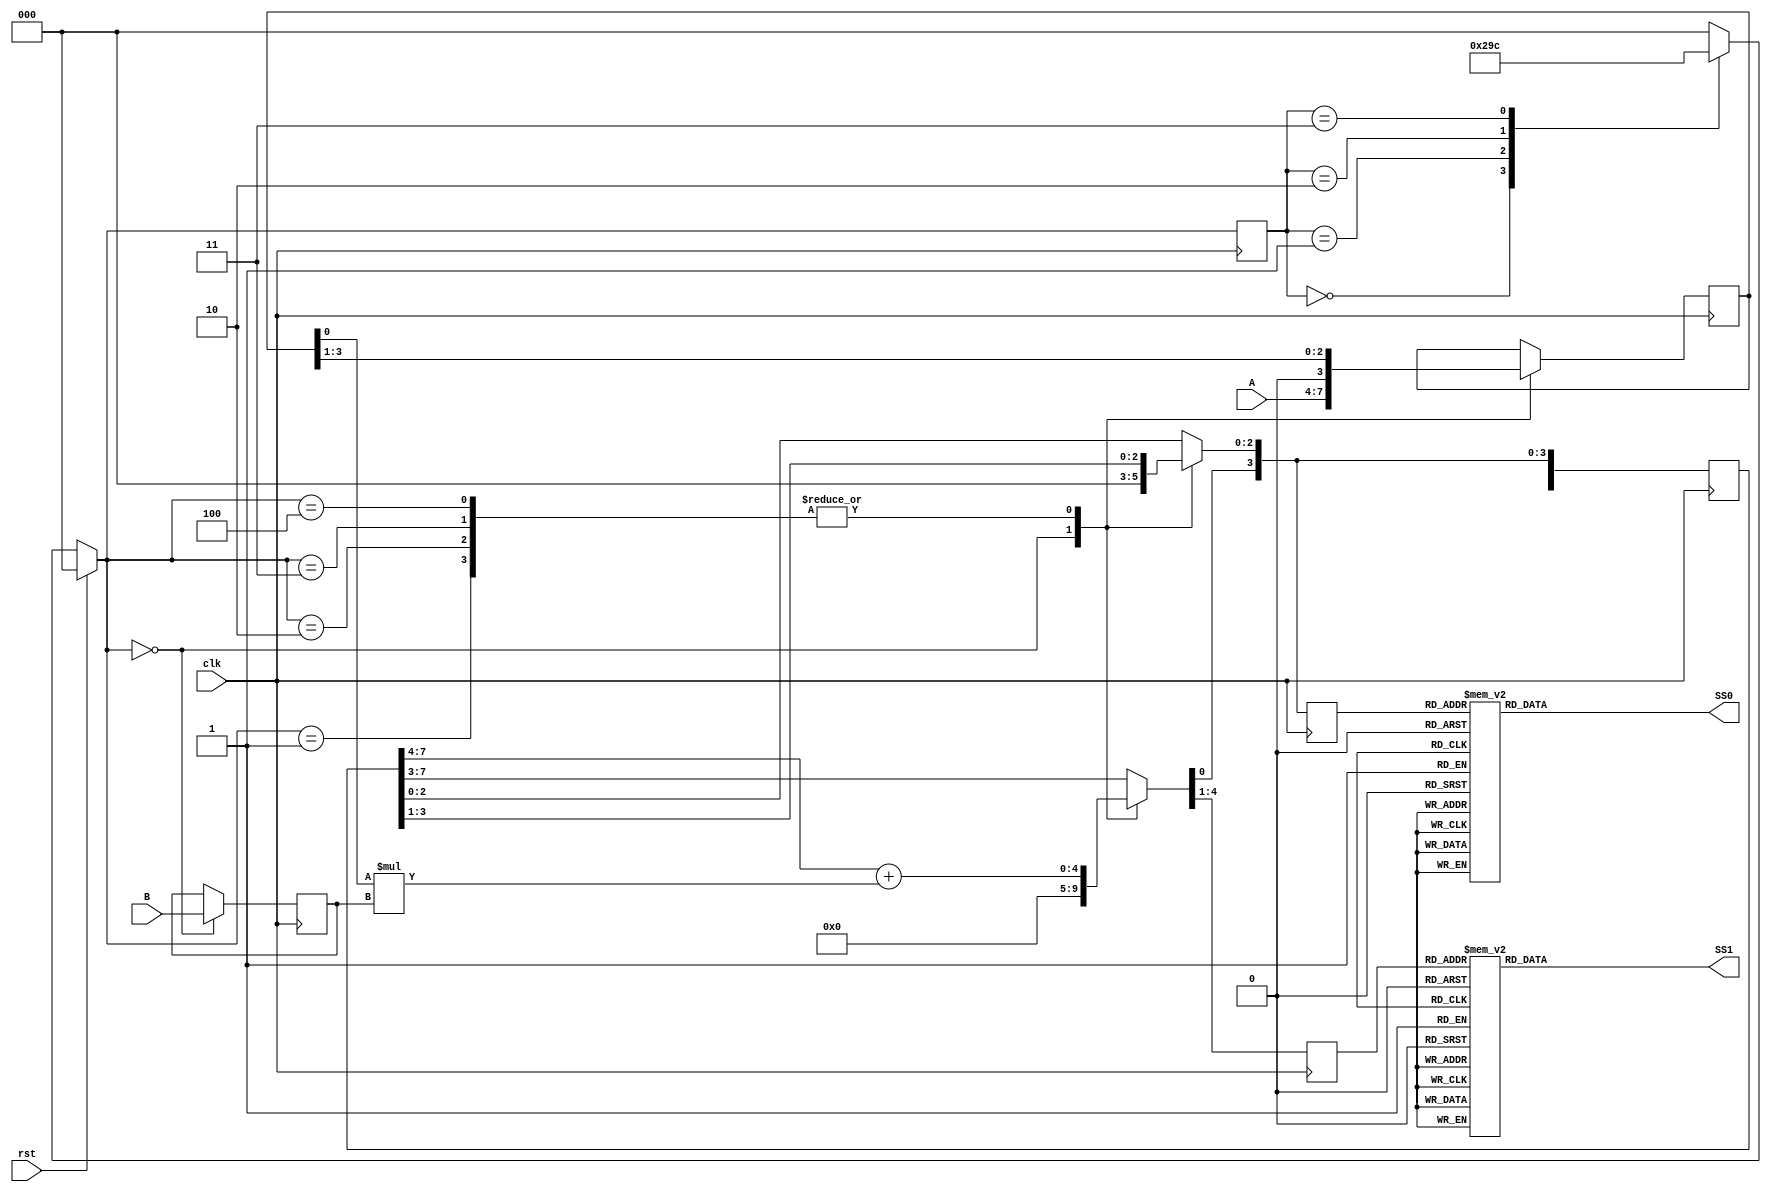
module Lab5 ( rst , clk , A , B , SS1 , SS0 ) ;

	input rst, clk;
	input [3:0] A,B;
	output reg [6:0] SS1,SS0;
	
	localparam  [2:0] state____  =  0 ,
							state1___  =  1 ,
							state_2__  =  2 ,
							state__3_  =  3 ,
							state___4  =  4 ;
	reg [2:0]  state ;
	reg [7:0]  M;
	reg [4:0] temp;
	reg [3:0] X,Y;
	reg [3:0] SS1_undecoded,SS0_undecoded;
	

	always @(posedge clk) begin
		  if  ( rst )  begin
			 state  = state____ ;
		  end
		  else  begin 
			 case  ( state )
				state____  :  begin
				  state  =  state1___ ;
				  
				end
				
				state1___  :  begin
				  state  =  state_2__ ;
				end
				
				state_2__  :  begin
				  state  =  state__3_ ;
				end
				
				state__3_  :  begin
				  state  =  state___4 ;
				end
				
				state___4  :  begin
				  state  =  state____ ;
				
				end
				
				
				default  :  begin
				  state  =  state____ ;
				end
			 endcase
		  end
		  
		  
		case  ( state )
			state____  :  begin
				M=0;
				X=A;
				Y=B;
			end
			state1___  :  begin		
				temp=(M[7:4] + (X[0]*Y));
				M[2:0] = M[3:1];
				M[7:3] = temp;
				X=X>>1;
			end
			state_2__  :  begin
				temp=(M[7:4] + (X[0]*Y));
				M[2:0] = M[3:1];
				M[7:3] = temp;				 
				X=X>>1;
			end
			state__3_  :  begin
				temp=(M[7:4] + (X[0]*Y));
				M[2:0] = M[3:1];
				M[7:3] = temp;
				X=X>>1;
		
			end
			state___4  :  begin
				temp=(M[7:4] + (X[0]*Y));
				M[2:0] = M[3:1];
				M[7:3] = temp;		
				X=X>>1;
			end
		endcase
SS1_undecoded = M[7:4];
SS0_undecoded = M[3:0];
end


		always @(SS1_undecoded) begin
			case  ( SS1_undecoded )
				4'h0  :  SS1  =  7'b1000000 ;
				4'h1  :  SS1  =  7'b1111001 ;
				4'h2  :  SS1  =  7'b0100100 ;
				4'h3  :  SS1  =  7'b0110000 ;
				4'h4  :  SS1  =  7'b0011001 ;
				4'h5  :  SS1  =  7'b0010010 ;
				4'h6  :  SS1  =  7'b0000010 ;
				4'h7  :  SS1  =  7'b1111000 ;
				4'h8  :  SS1  =  7'b0000000 ;
				4'h9  :  SS1  =  7'b0010000 ;
				4'hA  :  SS1  =  7'b0001000 ;
				4'hB  :  SS1  =  7'b0000011 ;
				4'hC  :  SS1  =  7'b1000110 ;
				4'hD  :  SS1  =  7'b0100001 ;
				4'hE  :  SS1  =  7'b0000110 ;
				4'hF  :  SS1  =  7'b0001110 ;
			endcase
		end
		always @(SS0_undecoded) begin
			case  ( SS0_undecoded )
				4'h0  :  SS0  =  7'b1000000 ;
				4'h1  :  SS0  =  7'b1111001 ;
				4'h2  :  SS0  =  7'b0100100 ;
				4'h3  :  SS0  =  7'b0110000 ;
				4'h4  :  SS0  =  7'b0011001 ;
				4'h5  :  SS0  =  7'b0010010 ;
				4'h6  :  SS0  =  7'b0000010 ;
				4'h7  :  SS0  =  7'b1111000 ;
				4'h8  :  SS0  =  7'b0000000 ;
				4'h9  :  SS0  =  7'b0010000 ;
				4'hA  :  SS0  =  7'b0001000 ;
				4'hB  :  SS0  =  7'b0000011 ;
				4'hC  :  SS0  =  7'b1000110 ;
				4'hD  :  SS0  =  7'b0100001 ;
				4'hE  :  SS0  =  7'b0000110 ;
				4'hF  :  SS0  =  7'b0001110 ;
			endcase
		end
		
endmodule